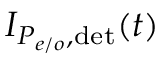
I _ { P _ { e / o } , \mathrm { d e t } } ( t )